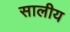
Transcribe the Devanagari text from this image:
सालीय